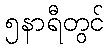
၅နာရီတွင်